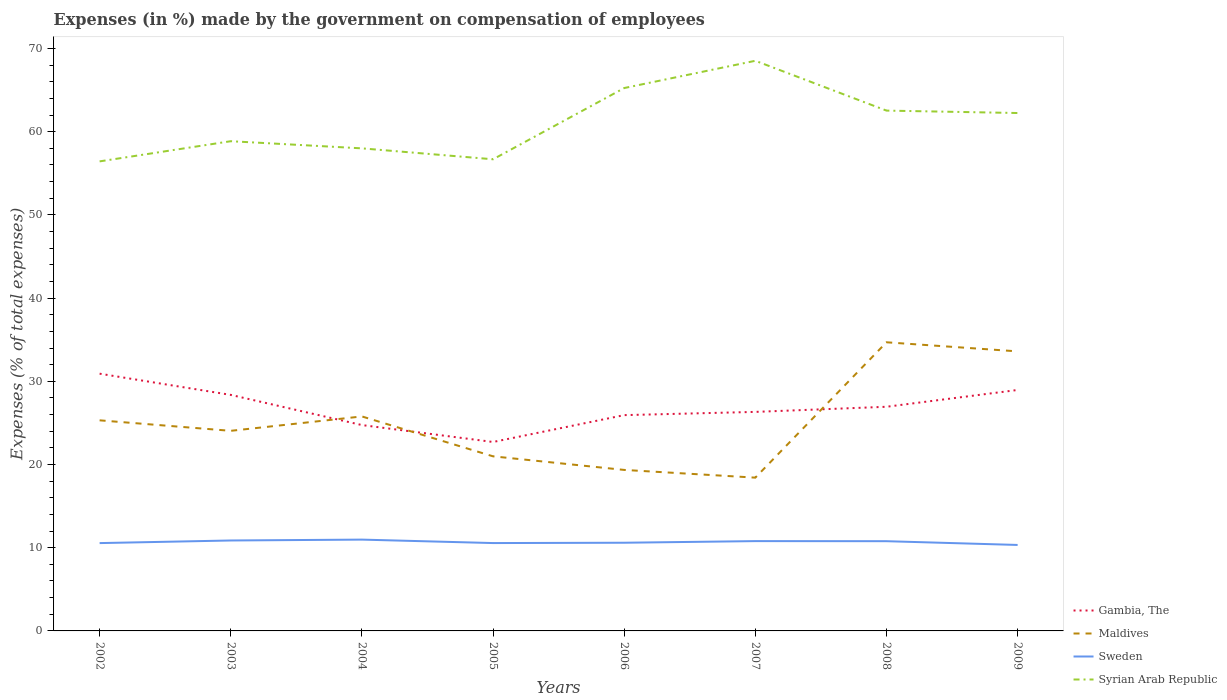
| Years | Gambia, The | Maldives | Sweden | Syrian Arab Republic |
 | --- | --- | --- | --- | --- |
 | 2002 | 30.9 | 25.3 | 10.6 | 56.4 |
 | 2003 | 28.4 | 24 | 10.9 | 58.9 |
 | 2004 | 24.7 | 25.8 | 11 | 58 |
 | 2005 | 22.7 | 21 | 10.6 | 56.7 |
 | 2006 | 25.9 | 19.3 | 10.6 | 65.2 |
 | 2007 | 26.3 | 18.4 | 10.8 | 68.5 |
 | 2008 | 26.9 | 34.7 | 10.8 | 62.5 |
 | 2009 | 29 | 33.6 | 10.3 | 62.2 |